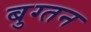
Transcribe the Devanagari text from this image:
बुग्तन